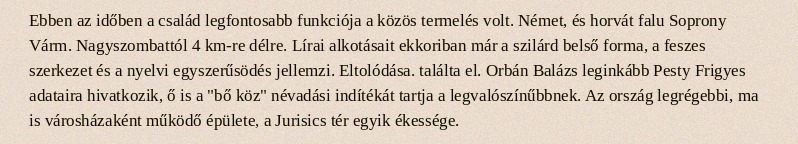
Ebben az időben a család legfontosabb funkciója a közös termelés volt. Német, és horvát falu Soprony Várm. Nagyszombattól 4 km-re délre. Lírai alkotásait ekkoriban már a szilárd belső forma, a feszes szerkezet és a nyelvi egyszerűsödés jellemzi. Eltolódása. találta el. Orbán Balázs leginkább Pesty Frigyes adataira hivatkozik, ő is a "bő köz" névadási indítékát tartja a legvalószínűbbnek. Az ország legrégebbi, ma is városházaként működő épülete, a Jurisics tér egyik ékessége.